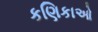
કણિકાઓ